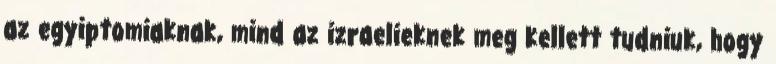
az egyiptomiaknak, mind az izraelieknek meg kellett tudniuk, hogy